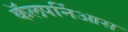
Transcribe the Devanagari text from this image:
कॅलपर्निआस